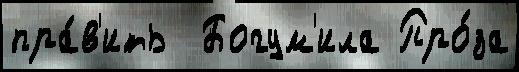
пра́в'ить  Богум'ила Про́за